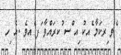
ެވ ިރކަމާ ެއކު ިއ ްސ ުކރައްވާ ަފ ެއވެ .އެ ިހ